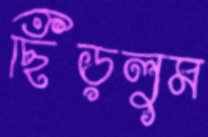
ছিঁড়লুম